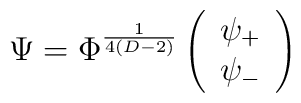
\Psi=\Phi^{\frac{1}{4(D-2)}}\left(\begin{array}{c}\psi_+\\ \psi_-\end{array}\right)